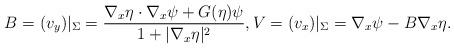
LaTeX: \begin{align*}B = (v_y)\arrowvert_\Sigma = \frac{ \nabla_x \eta \cdot \nabla_x \psi + G(\eta)\psi} {1+ \vert \nabla_x \eta \vert^2},V= (v_x)\arrowvert_\Sigma =\nabla_x \psi - B \nabla_x \eta. \end{align*}